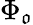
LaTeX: \Phi_{\mathfrak{o}}